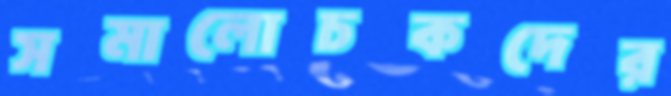
সমালোচকদের